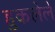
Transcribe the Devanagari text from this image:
हुकलेले